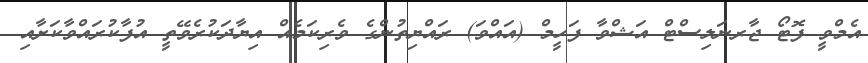
އެމްވީ ފޮޓޯ ޖާރނަލިސްޓް އަޝްވާ ފަހީމް (އައްވަ) ރައްޔިތުންގެ ވެރިކަމެއް އިޔާދަކުރެވޭތީ އުފާކުރައްވާކަށާއި